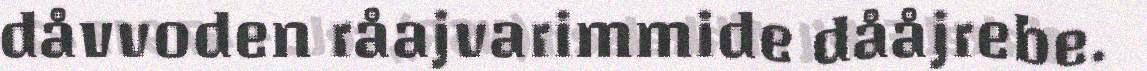
dåvvoden råajvarimmide dååjrebe.